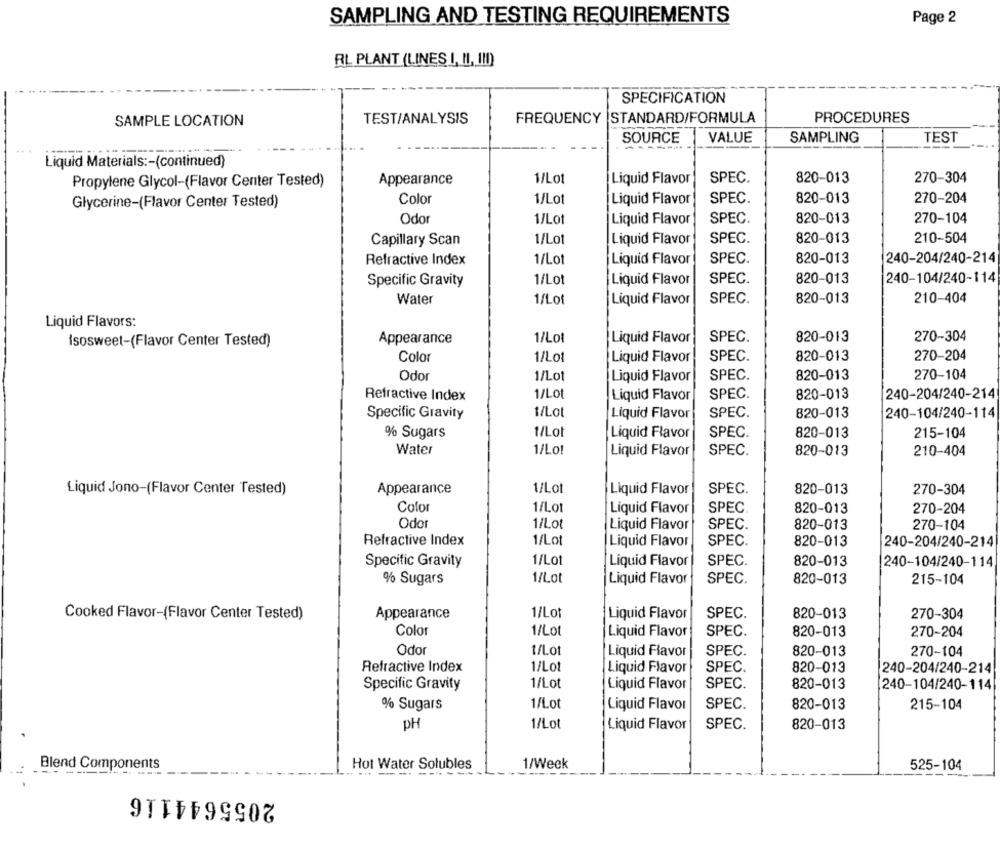
SAMPLING AND TESTING REQUIREMENTS
Page 2
RL PLANT (LINES I, II, !!! )
SPECIFICATION
TEST/ANALYSIS
FREQUENCY |STANDARD/FORMULA
PROCEDURES
SAMPLE LOCATION
SOURCE
VALUE
SAMPLING
TEST
Liquid Materials :- (continued)
1/Lot
SPEC.
820-013
270-304
Propylene Glycol-(Flavor Center Tested)
Appearance
Liquid Flavor
Glycerine-(Flavor Center Tested)
Color
1/Lot
Liquid Flavor
SPEC.
820-013
270-204
Odor
I/Lot
Liquid Flavor
SPEC.
820-013
270-104
SPEC.
Capillary Scan
1/Lot
Liquid Flavor
820-013
210-504
Refractive Index
1/Lot
Liquid Flavor
SPEC.
820-013
240-204/240-214
1/Lot
Liquid Flavor
SPEC.
820-013
240-104/240-114
Specific Gravity
210-404
Water
1/Lot
Liquid Flavor
SPEC.
820-013
Liquid Flavors:
Appearance
1/Lot
Liquid Flavor
SPEC.
820-013
270-304
Isosweet-(Flavor Center Tested)
SPEC.
820-013
270-204
Color
1/Lot
Liquid Flavor
270-104
Odor
1/Lot
Liquid Flavor
SPEC.
820-013
Refractive Index
1/Lot
Liquid Flavor
SPEC.
820-013
240-204/240-214
Specific Gravity
/Lot
Liquid Flavor
SPEC.
820-013
240-104/240-114
% Sugars
1/Lot
Liquid Flavor
SPEC.
820-013
215-104
Water
1/Lot
Liquid Flavor
SPEC.
820-013
210-404
Liquid Jono-(Flavor Center Tested)
Appearance
1/Lot
Liquid Flavor
SPEC.
820-013
270-304
Color
1/Lot
Liquid Flavor
SPEC.
820-013
270-204
Odo
1/Lot
Liquid Flavor
SPEC.
820-013
270-104
Refractive Index
1/Lot
Liquid Flavor
SPEC.
820-013
240-204/240-214
1/Lot
SPEC.
820-013
Specific Gravity
Liquid Flavor
240-104/240-114
1/Lot
% Sugars
Liquid Flavor
SPEC.
820-013
215-104
Cooked Flavor-(Flavor Center Tested)
Appearance
1/Lot
Liquid Flavor
SPEC.
820-013
270-304
Color
1/Lot
Liquid Flavor
SPEC.
820-013
270-204
Odor
1/Lot
Liquid Flavor
SPEC.
820-013
270-104
Refractive Index
1/Lot
Liquid Flavor
SPEC.
820-013
240-204/240-214
Specific Gravity
1/Lot
Liquid Flavor
SPEC.
820-013
240-104/240-114
% Sugars
1/Lot
Liquid Flavor
820-013
215-104
SPEC.
PH
1/Lot
Liquid Flavor
SPEC.
820-013
Hot Water Solubles
1/Week
--- ---
Blend Components
525-104
2055644116